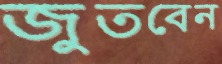
জুতবেন